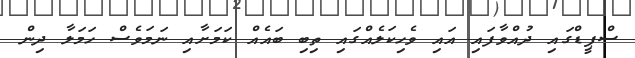
ސްޕީޑްގައި ދުއްވާފައި އައި ވެހިކަލެއްގައި ތިބި ބައެއް ކަމަށާއި ނަމަވެސް ހަމަލާ ދިން